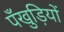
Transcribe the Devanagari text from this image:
पँखुड़ियों